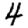
Digit: 4